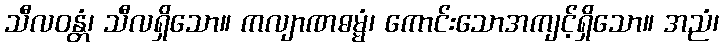
သီလဝန္တံ၊ သီလရှိသော။ ကလျာဏဓမ္မံ၊ ကောင်းသောအကျင့်ရှိသော။ အညံ၊